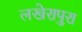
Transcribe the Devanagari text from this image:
लखेरापुरा